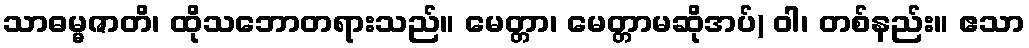
သာဓမ္မဇာတိ၊ ထိုသဘောတရားသည်။ မေတ္တာ၊ မေတ္တာမဆိုအပ်) ဝါ၊ တစ်နည်း။ ဧသာ